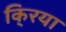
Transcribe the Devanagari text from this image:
कि्रया